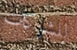
للشركات